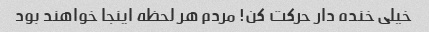
خیلی خنده دار حرکت کن! مردم هر لحظه اینجا خواهند بود